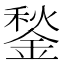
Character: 鍫